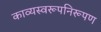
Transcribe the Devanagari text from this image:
काव्यस्वरूपनिरूपण